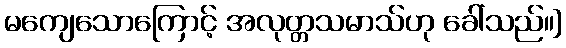
မကျေသောကြောင့် အလုတ္တသမာသ်ဟု ခေါ်သည်။]